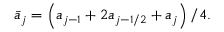
\begin{array} { r } { \bar { a } _ { j } = \left( a _ { j - 1 } + 2 a _ { j - 1 / 2 } + a _ { j } \right) / 4 . } \end{array}